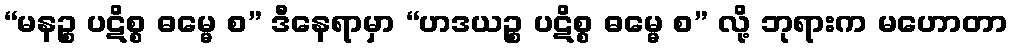
“မနဉ္စ ပဋိစ္စ ဓမ္မေ စ” ဒီနေရာမှာ “ဟဒယဉ္စ ပဋိစ္စ ဓမ္မေ စ” လို့ ဘုရားက မဟောတာ